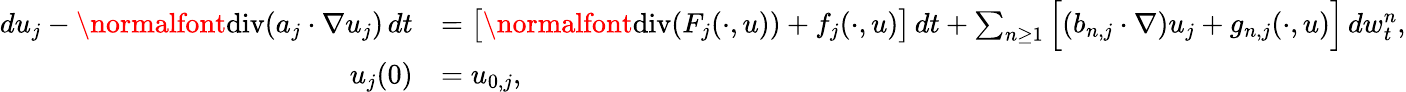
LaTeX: \begin{array}{rl}{du_{j}-\normalfont{\mathrm{div}}(a_{j}\cdot\nabla u_{j})\, dt}&{=\big[\normalfont{\mathrm{div}}(F_{j}(\cdot,u))+f_{j}(\cdot,u)\big]\, dt+\sum_{n\geq 1}\Big[(b_{n,j}\cdot\nabla)u_{j}+g_{n,j}(\cdot,u)\Big]\, dw_{t}^{n},}\\ {u_{j}(0)}&{=u_{0,j},}\end{array}